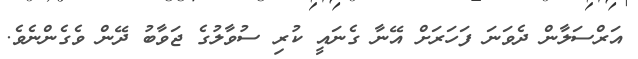
އަރްސަލާން ދެވަނަ ފަހަރަށް އޭނާ ގެނައީ ކުރި ސުވާލުގެ ޖަވާބު ދޭން ވެގެންނެވެ.